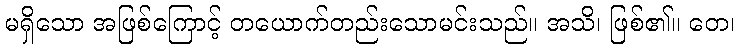
မရှိသော အဖြစ်ကြောင့် တယောက်တည်းသောမင်းသည်။ အသိ၊ ဖြစ်၏။ တေ၊